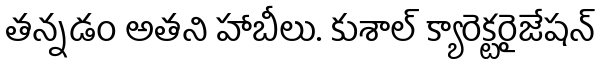
తన్నడం అతని హాబీలు. కుశాల్ క్యారెక్టరైజేషన్